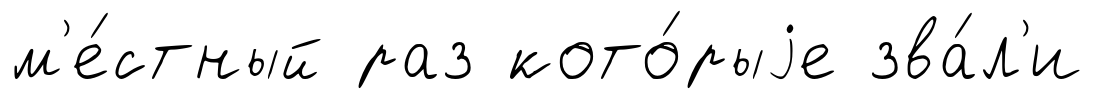
м'е́стный раз кото́рыjе зва́л'и